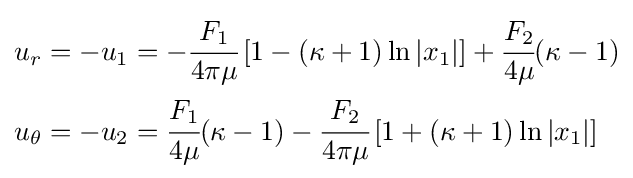
{\begin{aligned}u_{r}=-u_{1}&=-{\cfrac {F_{1}}{4\pi \mu }}\left[1-(\kappa +1)\ln |x_{1}|\right]+{\cfrac {F_{2}}{4\mu }}(\kappa -1)\\u_{\theta }=-u_{2}&={\cfrac {F_{1}}{4\mu }}(\kappa -1)-{\cfrac {F_{2}}{4\pi \mu }}\left[1+(\kappa +1)\ln |x_{1}|\right]\end{aligned}}